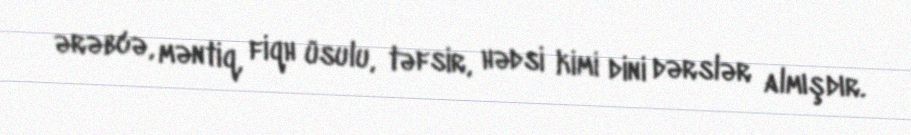
ərəbcə, məntiq, fiqh üsulu, təfsir, hədsi kimi dini dərslər almışdır.